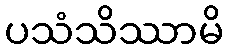
ပသံသိဿာမိ